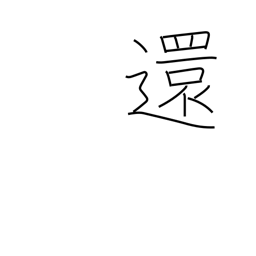
Meaning: send back